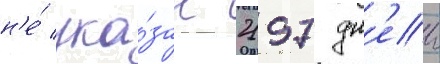
н'е́ ука́зан 2197 дн'еи